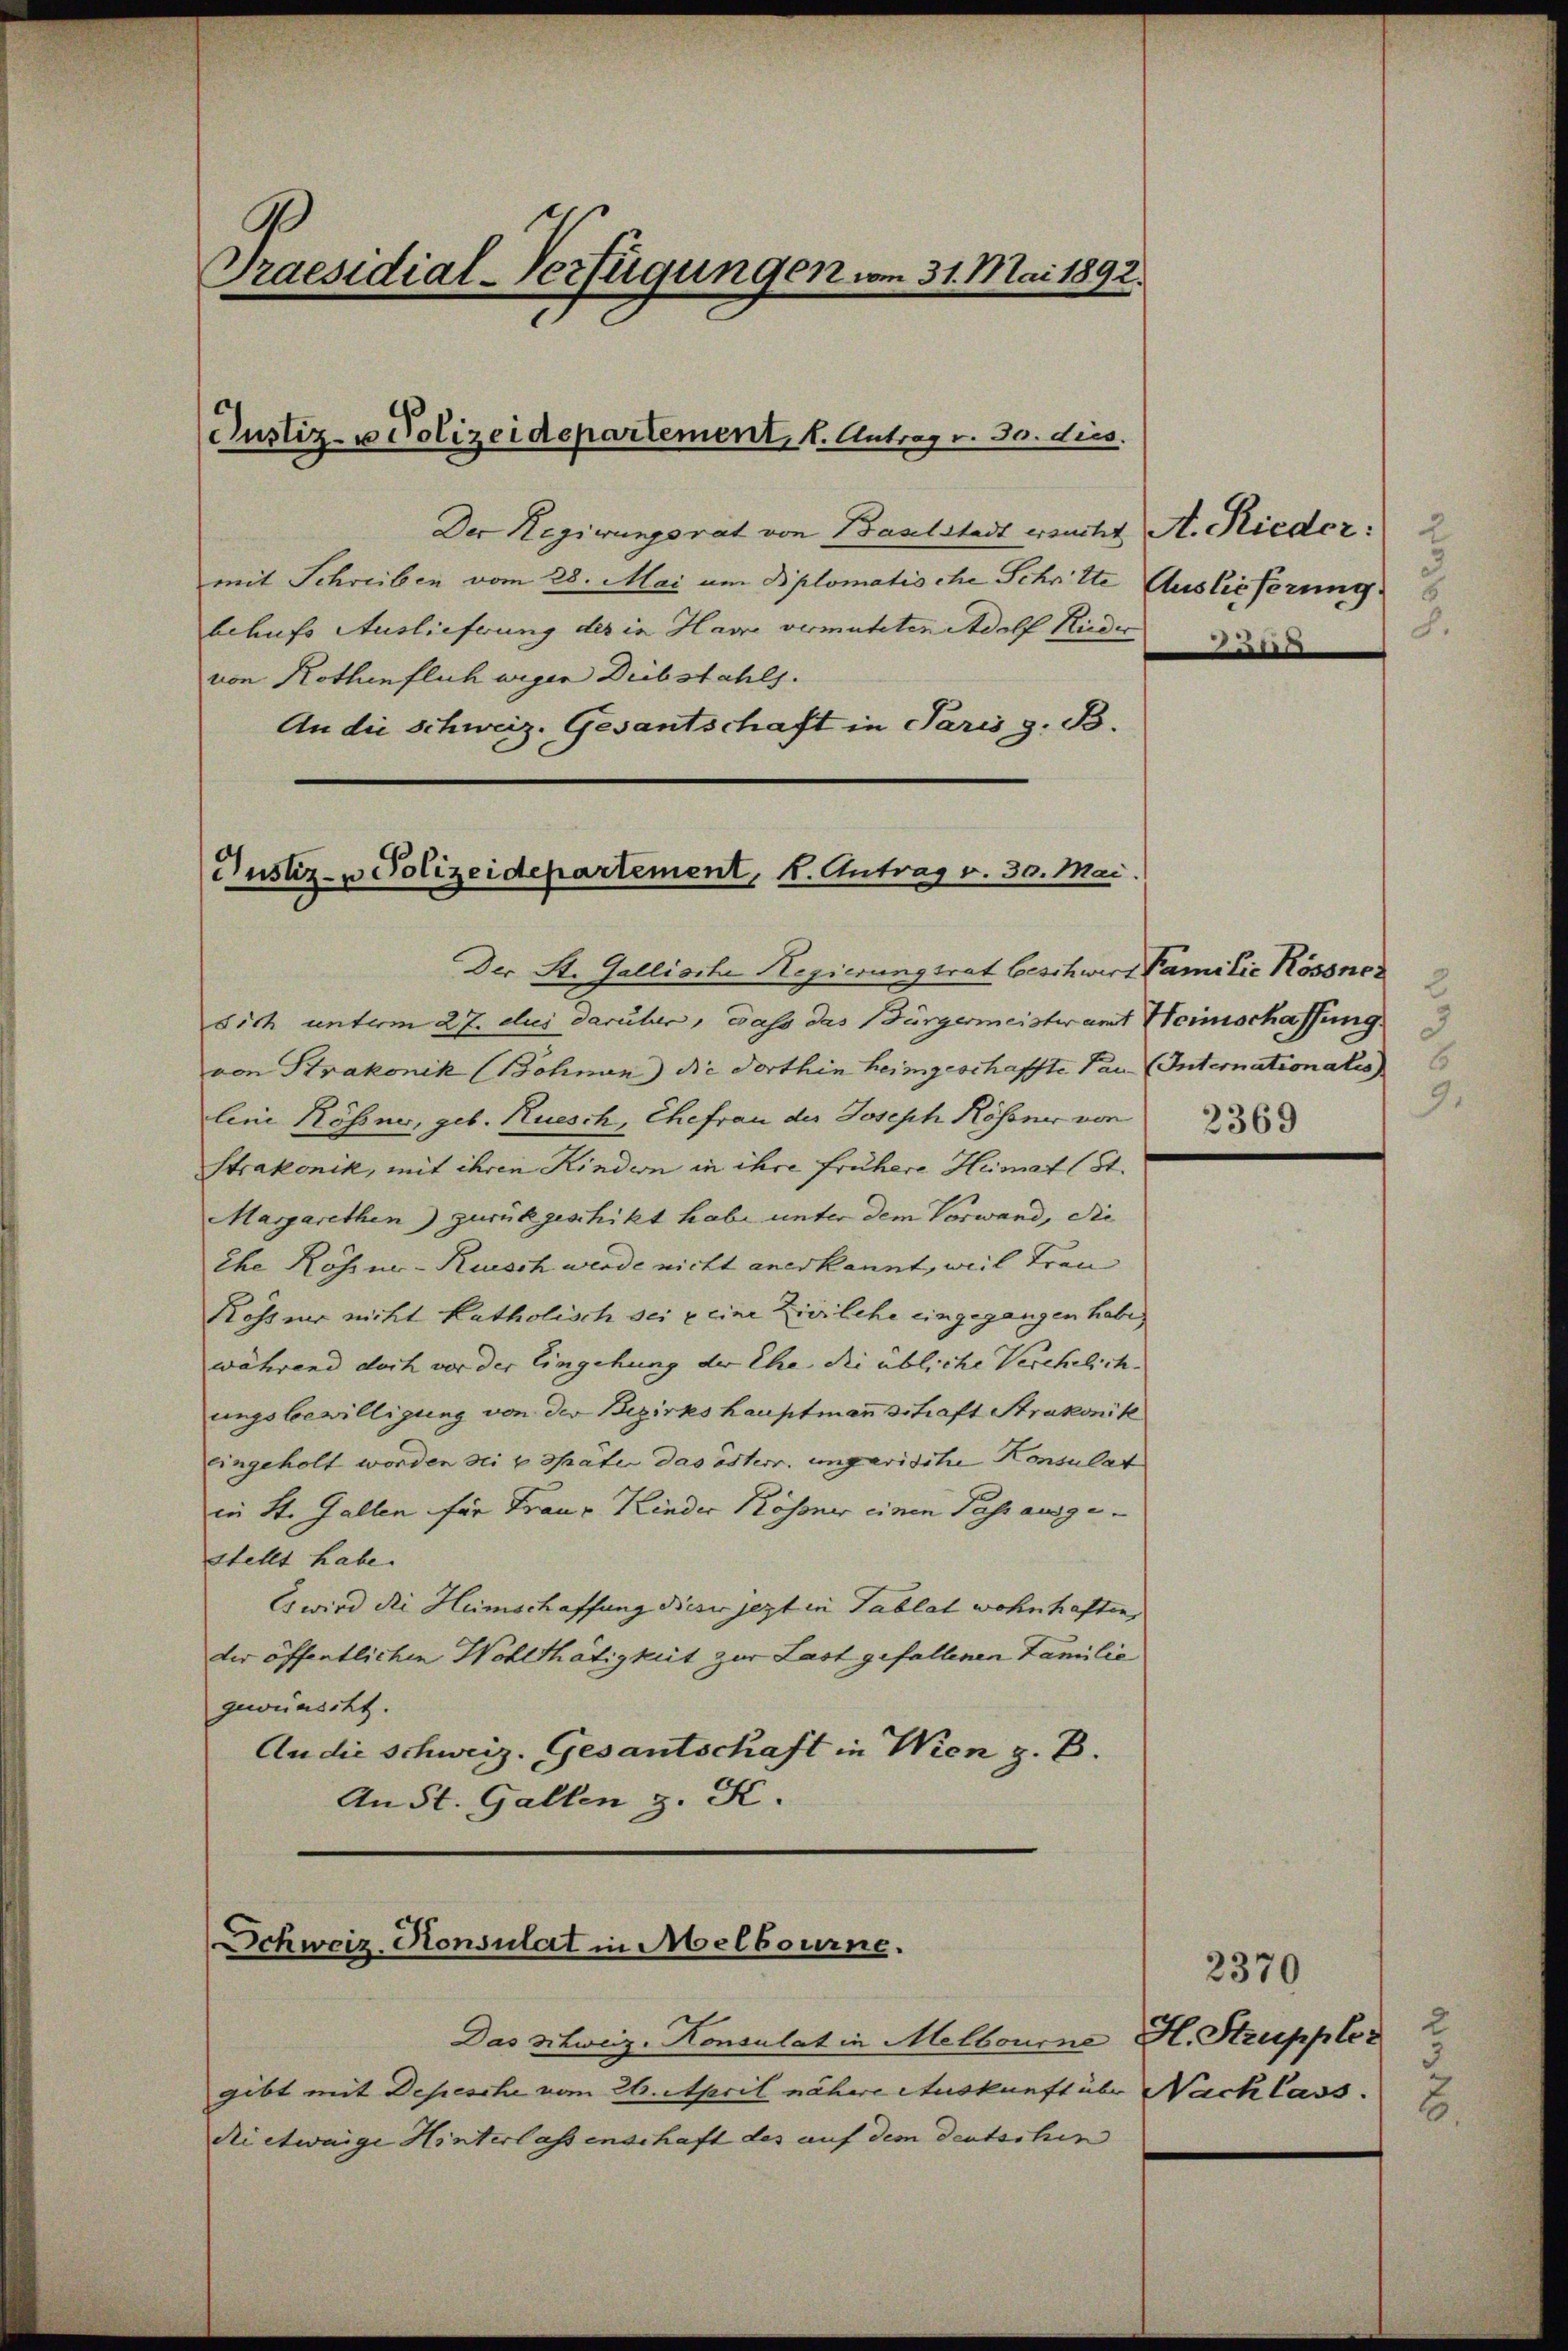
Praesidial-Verfügungen vom 31. Mai 1892.

Der Regierungsrat von Baselstadt ersucht A. Rieder:
mit Schreiben vom 28. Mai um Bplomatische Schritte Auslieferung
behufs Auslieferung des in Hame vermuteten Adolf Nieder
von Kothinflich wegen Diebstahls.
An die Schweiz. Gesantschaft in Paris z. B.

Justiz- u Polizeidepartement, 1. Antrag v. 30. dies

Justiz- u Polizeidepartement, 1. Antrag v. 30. Mai.

Der St. Gallische Regierungsrat beschwert Familie Kössnez
sich unterm 27. des darüber, dass das Bürgermeisteramt Heimschaffung
von Strakonik (Bohnen) die dorthin heimgeschaffte Pau (Internationalis
lini Rösner, geb. Ruesch, Ehefrau der Joseph Kössner von
Strakonik, mit ihren Kindern in ihre frühere Heimat (St.
Margarethen) zurükgeschikt habe unter dem Vorwand, die
Ehe Rösner-Ruisch werde nicht anerkannt, weil treu
Rosser nicht katholisch sei u eine Zivilehe eingegangen habe,
während doch vor der Eingehung der Ehe die übliche Verehelich
ungsbewilligung von der Bezirkshauptmann Schaft Strakonik
eingeholt worden sei u. später das österr. ungarische Konsulat
in St. Gallen für Franz Kinder Kössner einen Pass ausgestellt habe.
Es wird die Heimschaffung dieser jezt in Tablat wohnhaften,
der öffentlichen Wohlthätigkeit zur Last gefallenen Familie
gewünscht.
An die Schweiz. Gesantschaft in Wien z. B.
An St. Gallen z. K.

Schweiz. Konsulat in Melbourne.

Das Schweiz. Konsulat in Melbourne H. Struppler
gibt mit Depesche vom 26. April nähere Auskunft über Nach lass
di etwaige Hinterlassenschaft des auf dem deutschin

2

2369

2370
2
.